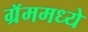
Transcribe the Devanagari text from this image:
ग्रॅममध्ये